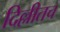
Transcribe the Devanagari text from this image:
दिल्लीतच